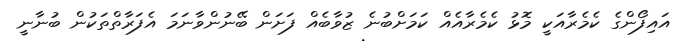
އައިފޯންގެ ކެމެރާއަކީ މޮޅު ކެމެރާއެއް ކަމަށްބުނެ ޒުވާބެއް ފަށަން ބޭނުންވާނަމަ އެފަރާތްތަކުން ބުނާނީ